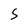
Character: 5